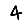
Digit: 4